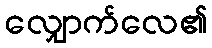
လျှောက်လေ၏